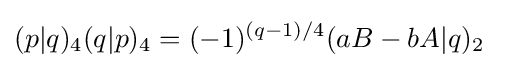
(p|q)_{4}(q|p)_{4}=(-1)^{(q-1)/4}(aB-bA|q)_{2}\